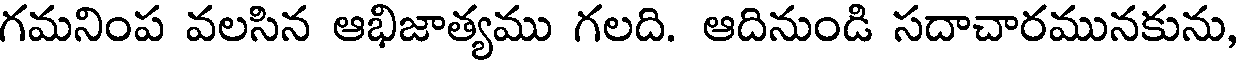
గమనింప వలసిన ఆభిజాత్యము గలది. ఆదినుండి సదాచారమునకును,